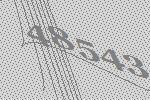
48543